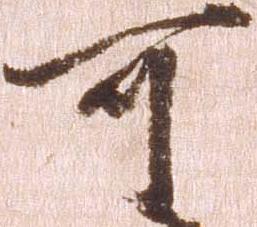
可